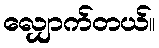
လျှောက်တယ်။